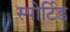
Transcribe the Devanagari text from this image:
स्पोर्टिड